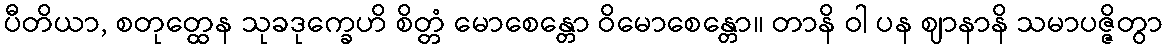
ပီတိယာ, စတုတ္ထေန သုခဒုက္ခေဟိ စိတ္တံ မောစေန္တော ဝိမောစေန္တော။ တာနိ ဝါ ပန ဈာနာနိ သမာပဇ္ဇိတွာ